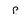
Character: p